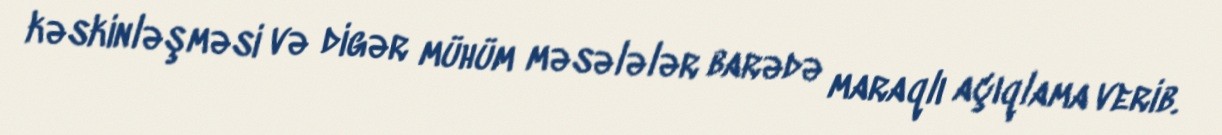
kəskinləşməsi və digər mühüm məsələlər barədə maraqlı açıqlama verib.